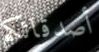
أصدقائكم